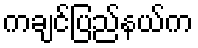
ကချင်ပြည်နယ်က